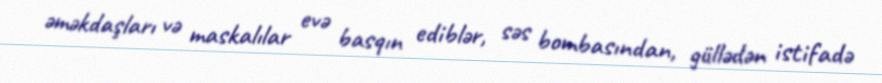
əməkdaşları və maskalılar evə basqın ediblər, səs bombasından, güllədən istifadə